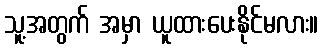
သူ့အတွက် အမှာ ယူထားပေးနိုင်မလား။